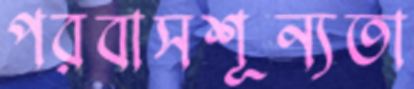
পরবাসশূন্যতা